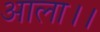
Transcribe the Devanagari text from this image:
आला।।